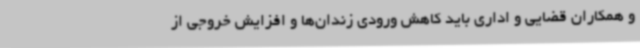
و همکاران قضایی و اداری باید کاهش ورودی زندان‌ها و افزایش خروجی از